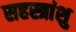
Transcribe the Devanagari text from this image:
सहस्त्रांशु